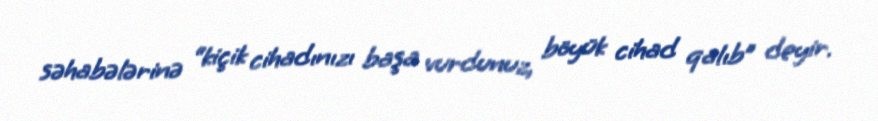
səhabələrinə “kiçik cihadınızı başa vurdunuz, böyük cihad qalıb” deyir.